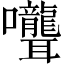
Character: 𭍎